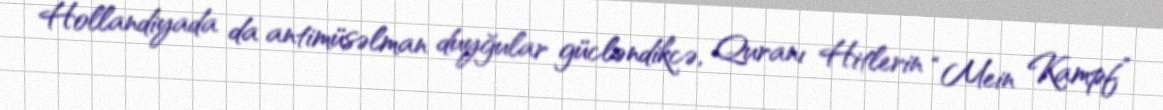
Hollandiyada da antimüsəlman duyğular gücləndikcə, Quranı Hitlerin “Mein Kampf”